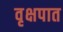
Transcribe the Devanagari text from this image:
वृक्षपात